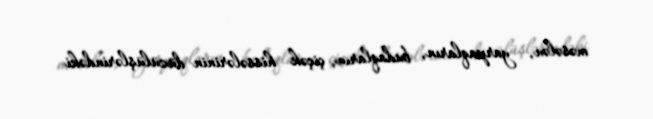
məsələn, yarpaqların, budaqların, çiçək hissələrinin düzülüşlərindəki